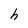
Character: h